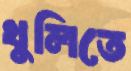
খুলিতে